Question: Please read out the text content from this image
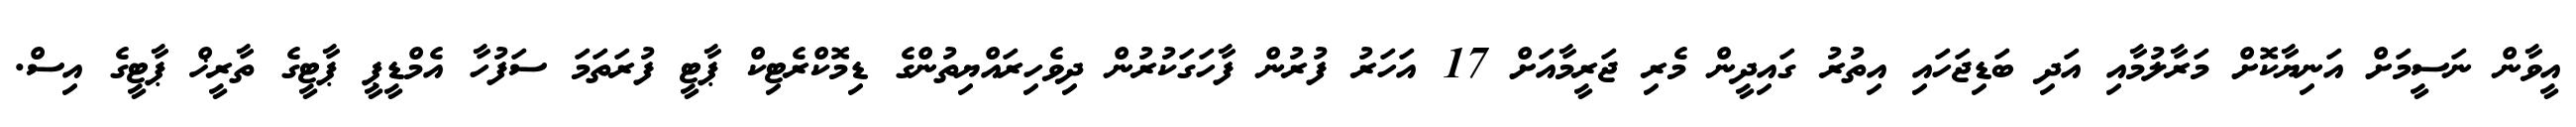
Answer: އީވާން ނަސީމަށް އަނިޔާކޮށް މަރާލުމާއި އަދި ބަޑިޖަހައި އިތުރު ގައިދީން މެރި ޖަރީމާއަށް 17 އަހަރު ފުރުން ފާހަގަކުރުން ދިވެހިރައްޔިތުންގެ ޑިމޮކްރެޓިކް ޕާޓީ ފުރަތަމަ ސަފުހާ އެމްޑީޕީ ޕާޓީގެ ތާރީޚް ޕާޓީގެ އިސް.